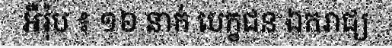
អឺរ៉ុប ៖ ១៦ នាក់ បេក្ខជន ឯករាជ្យ